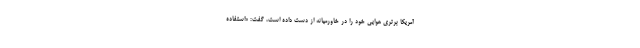
آمریکا برتری هوایی خود را در خاورمیانه از دست داده است، گفت: «استفاده